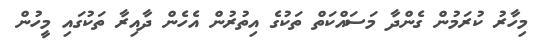
މިހާރު ކުރަމުން ގެންދާ މަސައްކަތް ތަކުގެ އިތުރުން އެހެން ދާއިރާ ތަކުގައި މީހުން